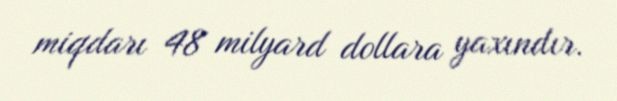
miqdarı 48 milyard dollara yaxındır.